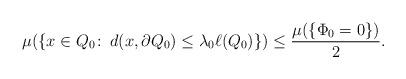
LaTeX: \begin{align*}\mu(\{x \in Q_0\colon\, d(x, \partial Q_0) \le \lambda_0\ell(Q_0)\}) \leq \frac{\mu(\{ \Phi_0 =0 \})}{2}.\end{align*}